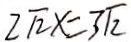
2 \sqrt { 2 } x = 3 \sqrt { 2 }